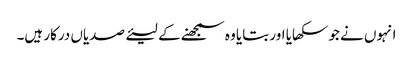
انہوں نے جو سکھایا اور بتایا وہ سمجھنے کے لیئے صدیاں درکار ہیں۔